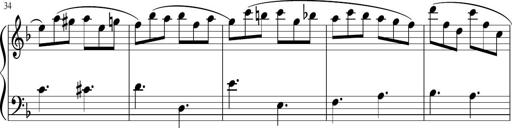
Title: 12 Keyboard Sonatinas
Composer: James Hook